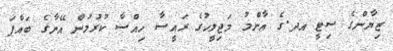
ޒިޔާންގެ ސިޓީ އދ.ގެ އާންމު މަޖިލީހުގެ ރައީސާ ހިއްސާ ކުރުމުން އޭނާގެ ބައްޕަ